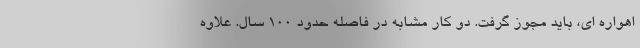
اهواره ای، باید مجوز گرفت. دو کار مشابه در فاصله حدود 100 سال. علاوه